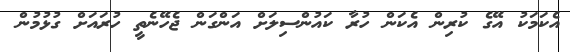
އެކަމަކު އޭގެ ކުރިން އެކަން ހުރާ ކައުންސިލަށް އަންގަން ޖެހޭނެތީ ހުރައަށް ގުޅުމުން